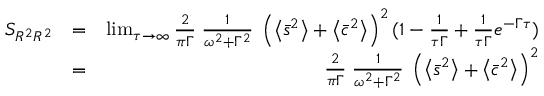
\begin{array} { r l r } { S _ { R ^ { 2 } R ^ { 2 } } } & { = } & { \operatorname* { l i m } _ { \tau \to \infty } \frac { 2 } { \pi \Gamma } \; \frac { 1 } { \omega ^ { 2 } + \Gamma ^ { 2 } } \; \left( \left\langle \bar { s } ^ { 2 } \right\rangle + \left\langle \bar { c } ^ { 2 } \right\rangle \right) ^ { 2 } ( 1 - \frac { 1 } { \tau \Gamma } + \frac { 1 } { \tau \Gamma } e ^ { - \Gamma \tau } ) } \\ & { = } & { \frac { 2 } { \pi \Gamma } \; \frac { 1 } { \omega ^ { 2 } + \Gamma ^ { 2 } } \; \left( \left\langle \bar { s } ^ { 2 } \right\rangle + \left\langle \bar { c } ^ { 2 } \right\rangle \right) ^ { 2 } } \end{array}